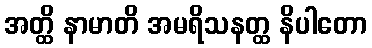
အတ္ထိ နာမာတိ အမရိသနတ္ထ နိပါတော